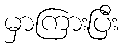
မှာကြားပြီး